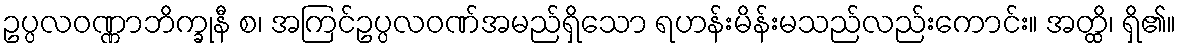
ဥပ္ပလဝဏ္ဏာဘိက္ခုနီ စ၊ အကြင်ဥပ္ပလဝဏ်အမည်ရှိသော ရဟန်းမိန်းမသည်လည်းကောင်း။ အတ္ထိ၊ ရှိ၏။